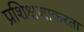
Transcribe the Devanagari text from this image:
प्रशिक्षणाकरता